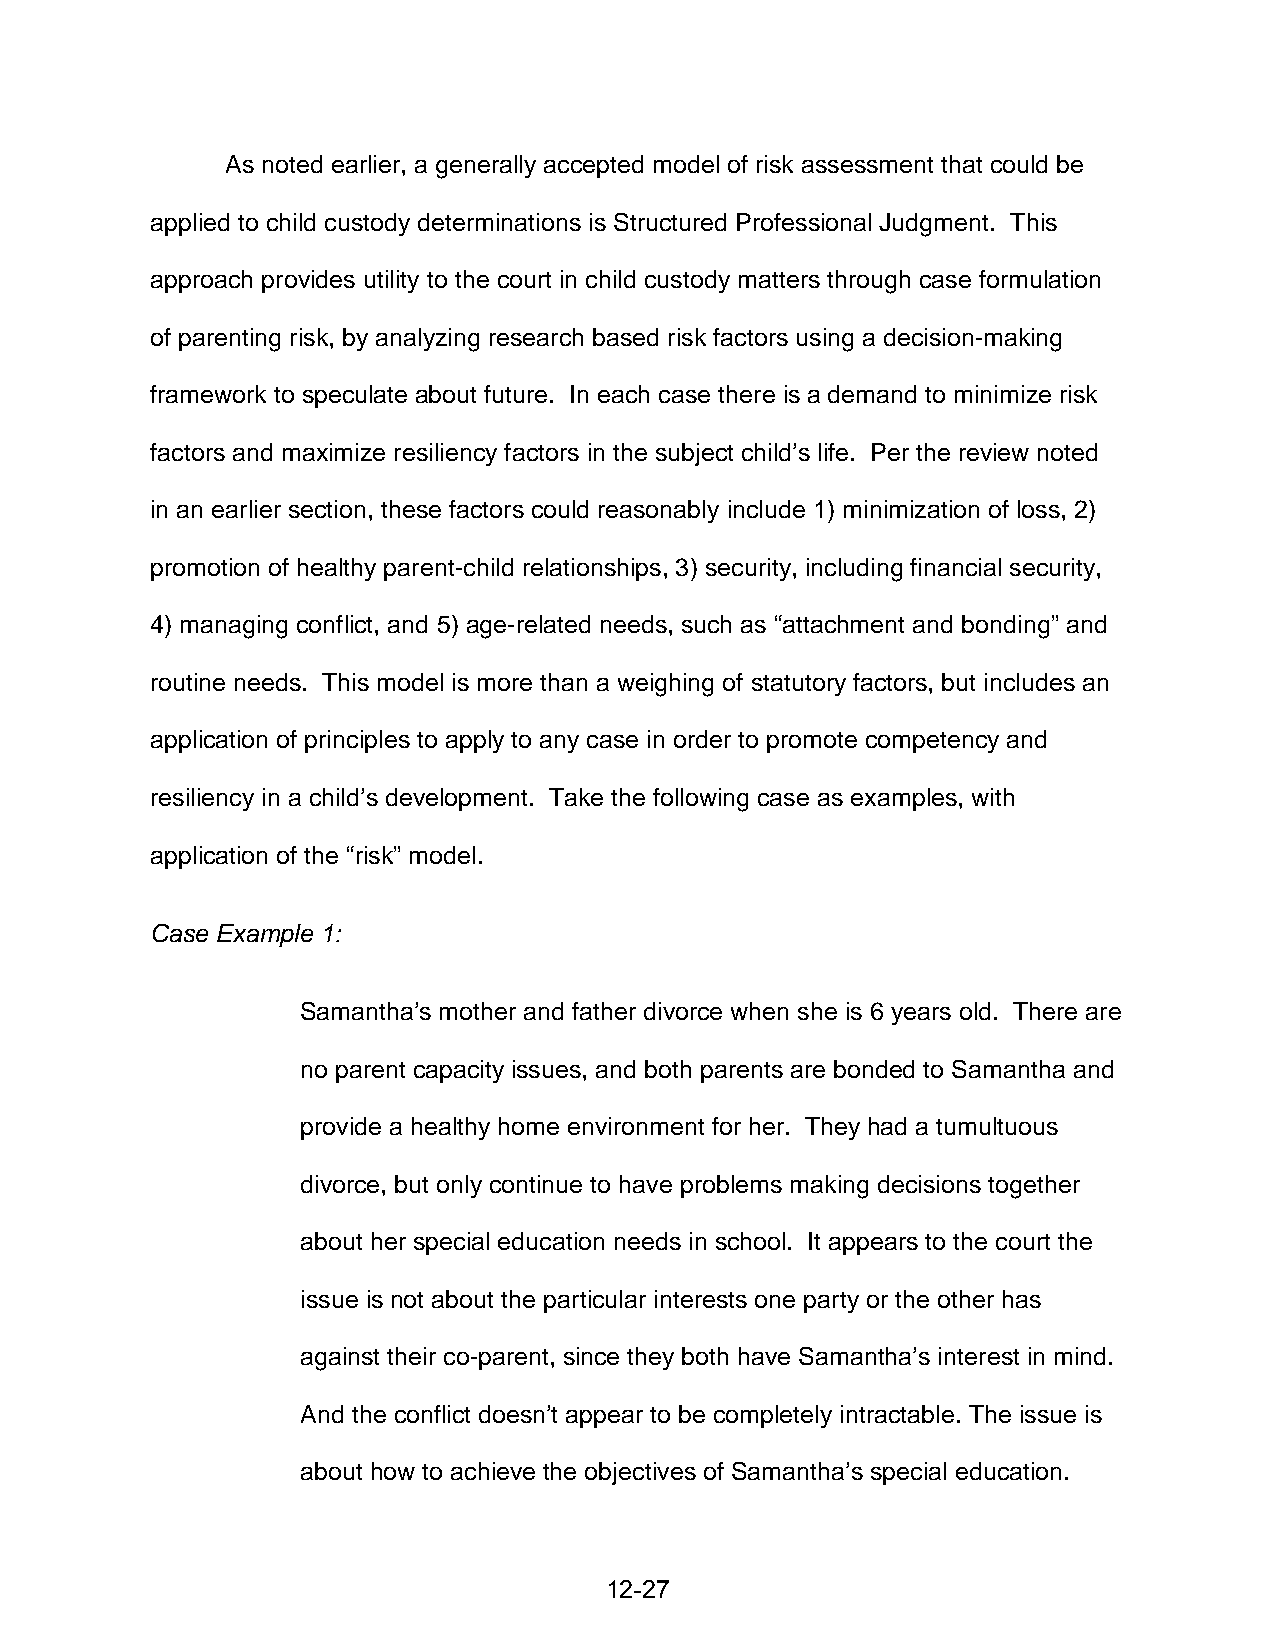
As noted earlier, a generally accepted model of risk assessment that could be
 applied to child custody determinations is Structured Professional Judgment. This
 approach provides utility to the court in child custody matters through case formulation
 of parenting risk, by analyzing research based risk factors using a decision-making
 framework to speculate about future. In each case there is a demand to minimize risk
 factors and maximize resiliency factors in the subject child’s life. Per the review noted
 in an earlier section, these factors could reasonably include 1) minimization of loss, 2)
 promotion of healthy parent-child relationships, 3) security, including financial security,
 4) managing conflict, and 5) age-related needs, such as “attachment and bonding” and
 routine needs. This model is more than a weighing of statutory factors, but includes an
 application of principles to apply to any case in order to promote competency and
 resiliency in a child’s development. Take the following case as examples, with
 application of the “risk” model.
 Case Example 1:
 Samantha’s mother and father divorce when she is 6 years old. There are
 no parent capacity issues, and both parents are bonded to Samantha and
 provide a healthy home environment for her. They had a tumultuous
 divorce, but only continue to have problems making decisions together
 about her special education needs in school. It appears to the court the
 issue is not about the particular interests one party or the other has
 against their co-parent, since they both have Samantha’s interest in mind.
 And the conflict doesn’t appear to be completely intractable. The issue is
 about how to achieve the objectives of Samantha’s special education.
 12-27